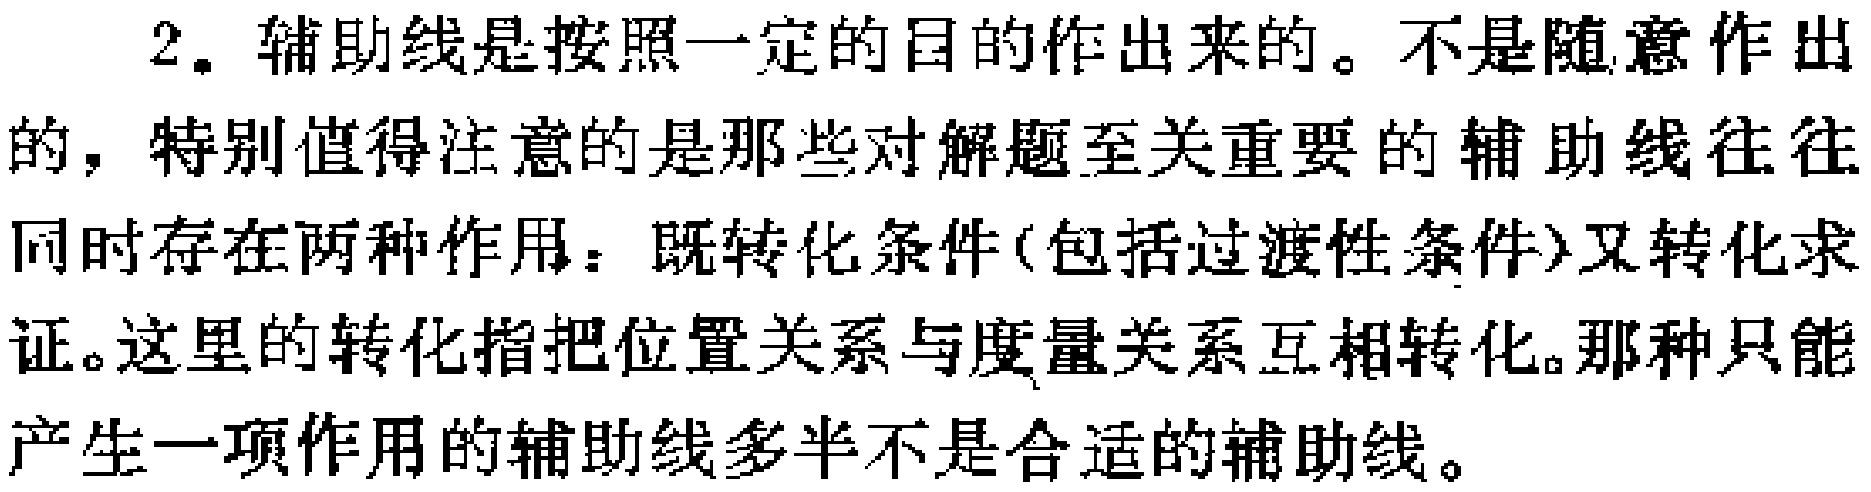
2. 辅助线是按照一定的目的作出来的。不是随意作出的，特别值得注意的是那些对解题至关重要的辅助线往往同时存在两种作用：既转化条件(包括过渡性条件)又转化求证。这里的转化指把位置关系与度量关系互相转化。那种只能产生一项作用的辅助线多半不是合适的辅助线。